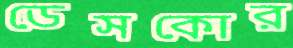
ডেসকোর